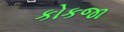
કોકજા